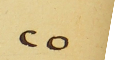
٢٥